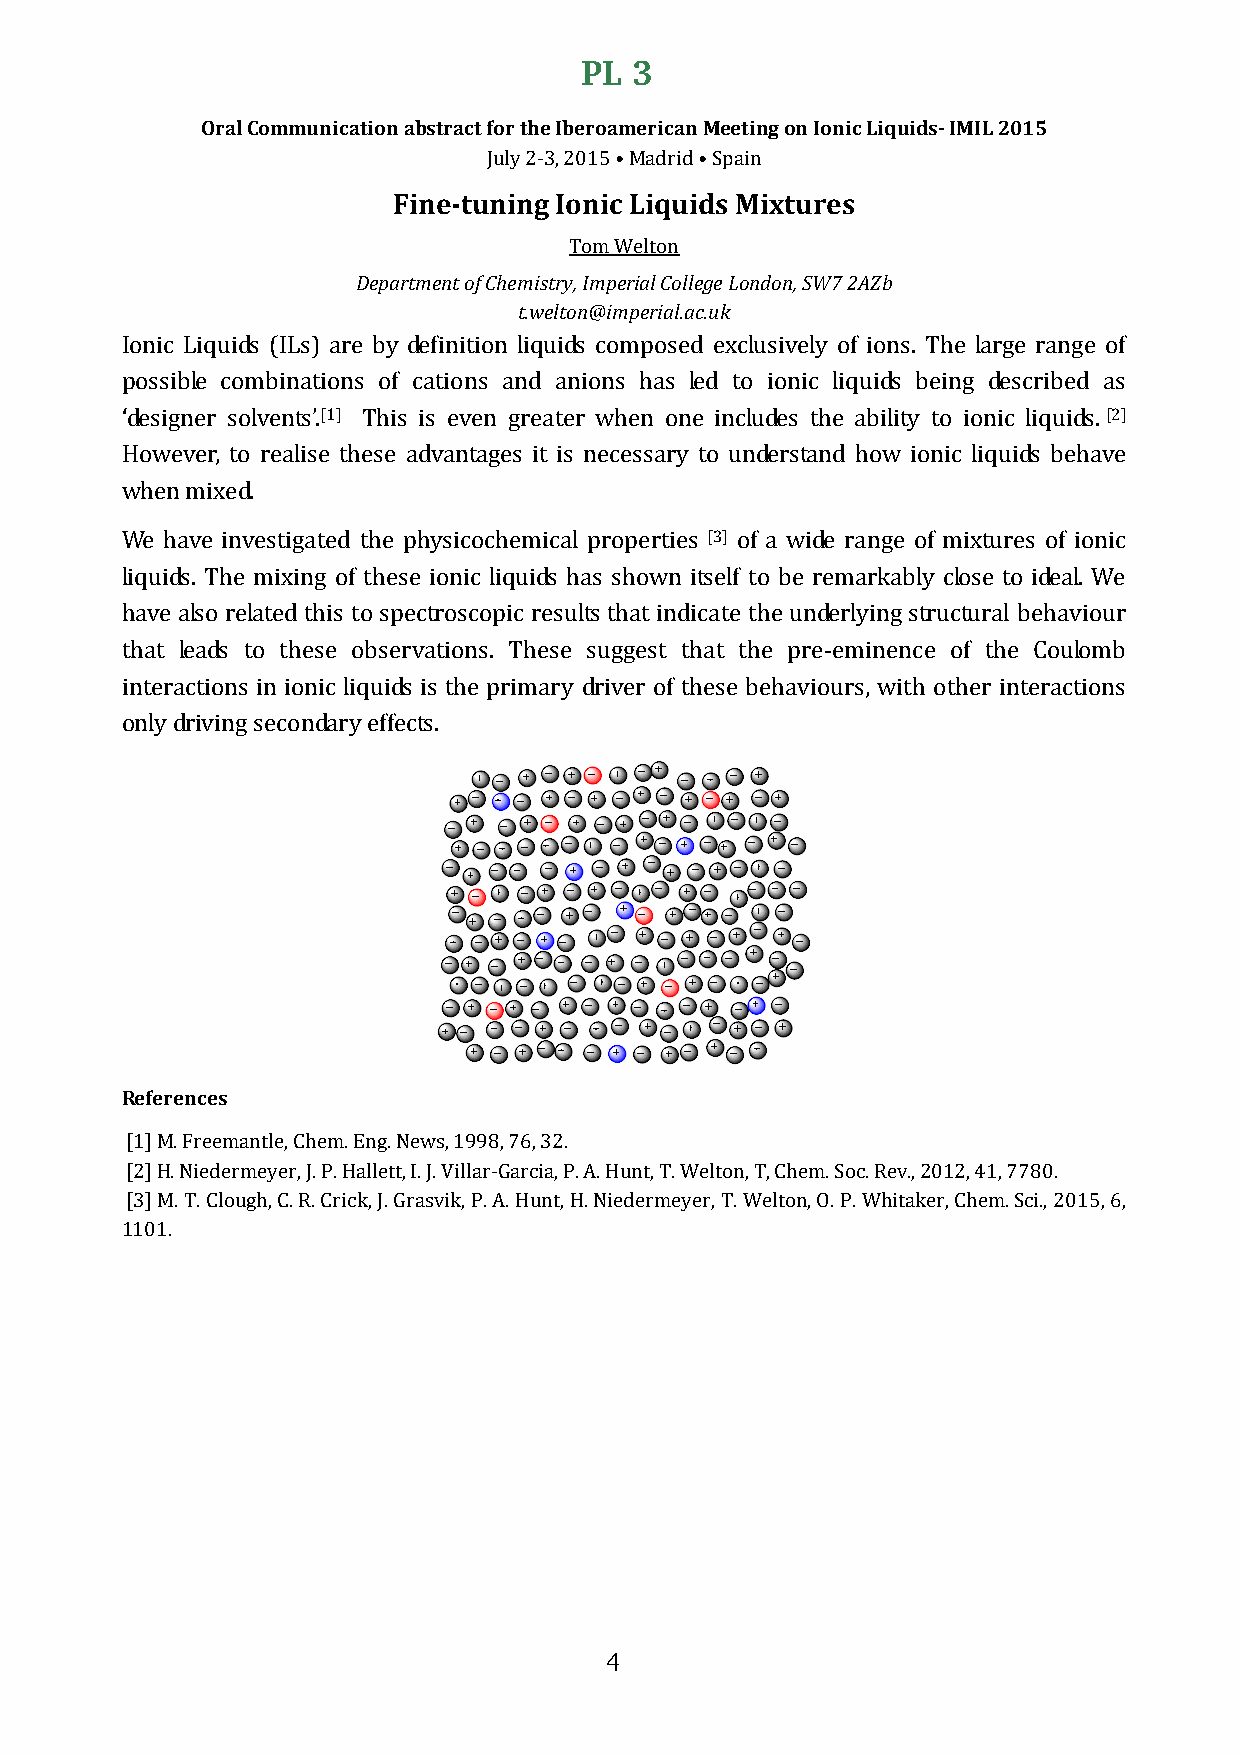
PL  3
 Oral Communication abstract for the Iberoamerican Meeting on Ionic Liquids- IMIL 2015
 July 2-3, 2015 • Madrid • Spain
 Fine-tuning Ionic Liquids Mixtures
 Tom Welton
 Department of Chemistry, Imperial College London, SW7 2AZb
 t.welton@imperial.ac.uk
 Ionic Liquids (ILs) are by definition liquids composed exclusively of ions. The large range of
 possible combinations of cations and anions has led to ionic liquids being described as
 ‘designer solvents’.[1] This is even greater when one includes the ability to ionic liquids. [2]
 However, to realise these advantages it is necessary to understand how ionic liquids behave
 when mixed.
 We have investigated the physicochemical properties [3] of a wide range of mixtures of ionic
 liquids. The mixing of these ionic liquids has shown itself to be remarkably close to ideal. We
 have also related this to spectroscopic results that indicate the underlying structural behaviour
 that leads to these observations. These suggest that the pre-eminence of the Coulomb
 interactions in ionic liquids is the primary driver of these behaviours, with other interactions
 only driving secondary effects.
 References
 [1] M. Freemantle, Chem. Eng. News, 1998, 76, 32.
 [2] H. Niedermeyer, J. P. Hallett, I. J. Villar-Garcia, P. A. Hunt, T. Welton, T, Chem. Soc. Rev., 2012, 41, 7780.
 [3] M. T. Clough, C. R. Crick, J. Grasvik, P. A. Hunt, H. Niedermeyer, T. Welton, O. P. Whitaker, Chem. Sci., 2015, 6,
 1101.
 4